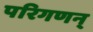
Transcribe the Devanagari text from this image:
परिगणन्